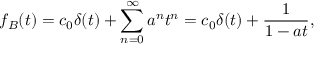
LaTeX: f _ { B } ( t ) = c _ { 0 } \delta ( t ) + \sum _ { n = 0 } ^ { \infty } a ^ { n } t ^ { n } = c _ { 0 } \delta ( t ) + { \frac { 1 } { 1 - a t } } ,